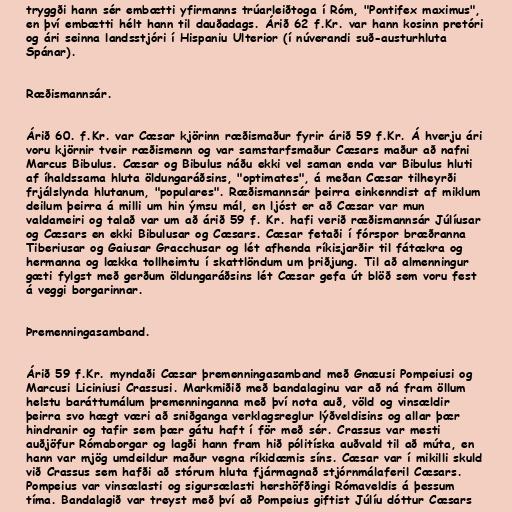
tryggði hann sér embætti yfirmanns trúarleiðtoga í Róm, "Pontifex maximus",
en því embætti hélt hann til dauðadags. Árið 62 f.Kr. var hann kosinn pretóri
og ári seinna landsstjóri í Hispaniu Ulterior (í núverandi suð-austurhluta
Spánar).

Ræðismannsár.

Árið 60. f.Kr. var Cæsar kjörinn ræðismaður fyrir árið 59 f.Kr. Á hverju ári
voru kjörnir tveir ræðismenn og var samstarfsmaður Cæsars maður að nafni
Marcus Bibulus. Cæsar og Bibulus náðu ekki vel saman enda var Bibulus hluti
af íhaldssama hluta öldungaráðsins, "optimates", á meðan Cæsar tilheyrði
frjálslynda hlutanum, "populares". Ræðismannsár þeirra einkenndist af miklum
deilum þeirra á milli um hin ýmsu mál, en ljóst er að Cæsar var mun
valdameiri og talað var um að árið 59 f. Kr. hafi verið ræðismannsár Júlíusar
og Cæsars en ekki Bibulusar og Cæsars. Cæsar fetaði í fórspor bræðranna
Tiberiusar og Gaiusar Gracchusar og lét afhenda ríkisjarðir til fátækra og
hermanna og lækka tollheimtu í skattlöndum um þriðjung. Til að almenningur
gæti fylgst með gerðum öldungaráðsins lét Cæsar gefa út blöð sem voru fest
á veggi borgarinnar.

Þremenningasamband.

Árið 59 f.Kr. myndaði Cæsar þremenningasamband með Gnæusi Pompeiusi og
Marcusi Liciniusi Crassusi. Markmiðið með bandalaginu var að ná fram öllum
helstu baráttumálum þremenninganna með því nota auð, völd og vinsældir
þeirra svo hægt væri að sniðganga verklagsreglur lýðveldisins og allar þær
hindranir og tafir sem þær gátu haft í för með sér. Crassus var mesti
auðjöfur Rómaborgar og lagði hann fram hið pólitíska auðvald til að múta, en
hann var mjög umdeildur maður vegna ríkidæmis síns. Cæsar var í mikilli skuld
við Crassus sem hafði að stórum hluta fjármagnað stjórnmálaferil Cæsars.
Pompeius var vinsælasti og sigursælasti hershöfðingi Rómaveldis á þessum
tíma. Bandalagið var treyst með því að Pompeius giftist Júlíu dóttur Cæsars